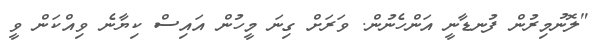
"ލޮނުމިރުން ފުނޑާނީ އަންހެނުން. ވަރަށް ގިނަ މީހުން އައިސް ކިޔާނެ ވިއްކަން ވީ